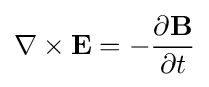
\nabla \times \mathbf {E} =-{\frac {\partial \mathbf {B} }{\partial t}}